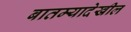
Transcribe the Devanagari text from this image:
बातम्यादेखील